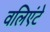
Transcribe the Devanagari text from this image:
वलिएंटे